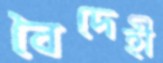
বৈদেহী